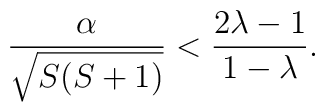
\frac{\alpha}{\sqrt{S(S+1)}} < \frac{2\lambda -1}{1-\lambda}.